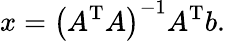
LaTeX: x=\left(A^{\mathrm{T}}A\right)^{-1}A^{\mathrm{T}}b.